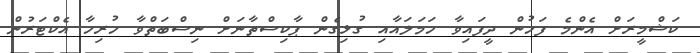
ކަޝްމީރަށް އެންމެ ފަހުން ދީފައިވާ ހަމަލައާއި ގުޅިގެން ޕާކިސްތާނަށް ނިސްބަތްވާ ހުރިހާ އެކްޓަރުން